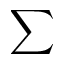
\displaystyle \sum